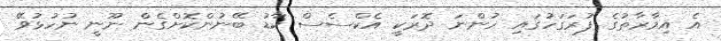
އެ އިމާރާތުގެ ފުރަގަހުގައި ހުންނަ ދޮރަކީ އެކްސެސް ކާޑު ބޭނުންކޮށްގެން ނޫނީ ނުހުޅުވޭ